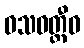
ဝသဝတ္တီဝ